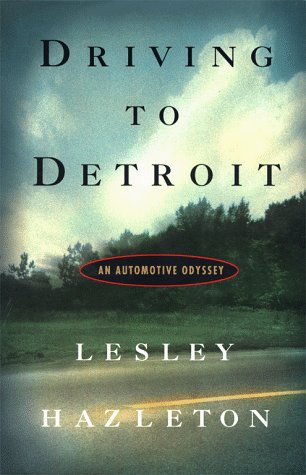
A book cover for Driving to Detroit : An Automotive Odyssey; Lesley Hazleton; Travel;